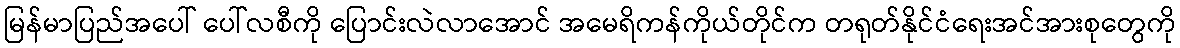
မြန်မာပြည်အပေါ် ပေါ်လစီကို ပြောင်းလဲလာအောင် အမေရိကန်ကိုယ်တိုင်က တရုတ်နိုင်ငံရေးအင်အားစုတွေကို